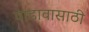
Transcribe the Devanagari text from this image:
पाडावासाठी